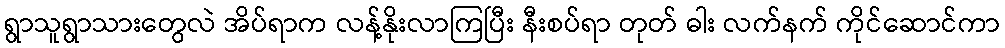
ရွာသူရွာသားတွေလဲ အိပ်ရာက လန့်နိုးလာကြပြီး နီးစပ်ရာ တုတ် ဓါး လက်နက် ကိုင်ဆောင်ကာ